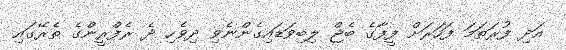
އަދި ފުރަތަމަ ފަހަރަށް ފީފާގެ ބެޖް ލިބިވަޑައިގެންނެވި ދިވެހި ދެ ރެފްރީންގެ ތެރޭގައި